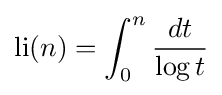
\operatorname {li} (n)=\int _{0}^{n}{\frac {dt}{\log t}}